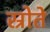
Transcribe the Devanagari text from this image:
स्रोते